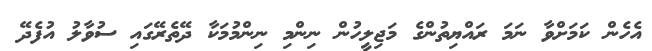
އެހެން ކަމަށްވާ ނަމަ ރައްޔިތުންގެ މަޖިލީހުން ނިންމި ނިންމުމަކާ ދޭތެރޭގައި ސުވާލު އުފެދޭ